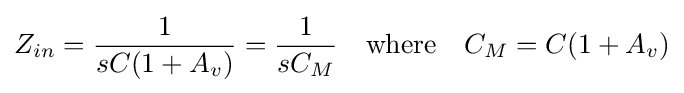
Z_{in}={\frac {1}{sC(1+A_{v})}}={\frac {1}{sC_{M}}}\quad \mathrm {where} \quad C_{M}=C(1+A_{v})